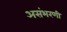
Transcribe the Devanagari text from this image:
असंभरणी